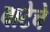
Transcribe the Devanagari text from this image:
वाटेचे